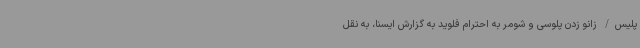
پلیس/ زانو زدن پلوسی و شومر به احترام فلوید به گزارش ایسنا، به نقل